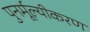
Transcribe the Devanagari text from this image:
पुनर्मूल्यीकरण